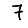
Digit: 7